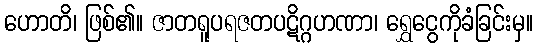
ဟောတိ၊ ဖြစ်၏။ ဇာတရူပရဇတပဋိဂ္ဂဟဏာ၊ ရွှေငွေကိုခံခြင်းမှ။